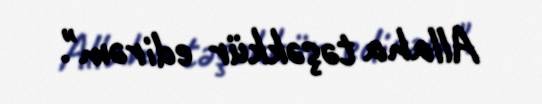
Allaha təşəkkür edirəm".